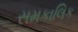
સમકાલિક